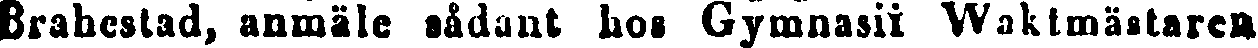
Brahestad, anmäle sådant hos Gymnasii Waktmästaren